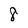
Character: 8